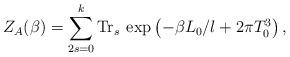
LaTeX: \begin{align*}Z_A(\beta) = \sum_{2 s=0}^k {\rm Tr}_{s} \: \exp \left(-\beta L_0/l + 2\pi T_0^3 \right),\end{align*}